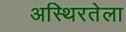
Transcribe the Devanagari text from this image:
अस्थिरतेला